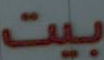
بيت